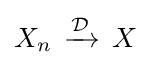
\displaystyle X_{n}\,\xrightarrow {\mathcal {D}} \,X